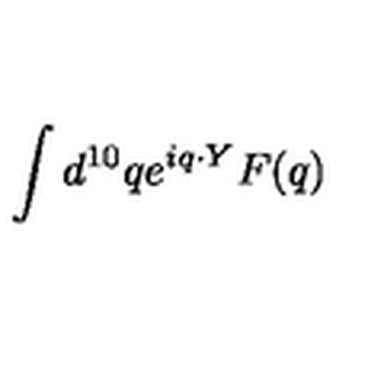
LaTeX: \int d ^ { 1 0 } q e ^ { i q \cdot Y } F ( q )